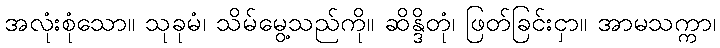
အလုံးစုံသော။ သုခုမံ၊ သိမ်မွေ့သည်ကို။ ဆိန္ဒိတုံ၊ ဖြတ်ခြင်းငှာ။ အာမသက္ကာ၊